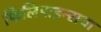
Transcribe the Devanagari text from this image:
फिलिपाइन्सचा